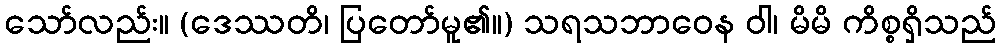
သော်လည်း။ (ဒေဿတိ၊ ပြတော်မူ၏။) သရသဘာဝေန ဝါ၊ မိမိ ကိစ္စရှိသည်